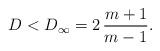
LaTeX: \begin{align*} D < D_{\infty} = 2 \, \frac{m+1}{m-1}.\end{align*}